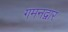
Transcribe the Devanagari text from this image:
गमनद्वार